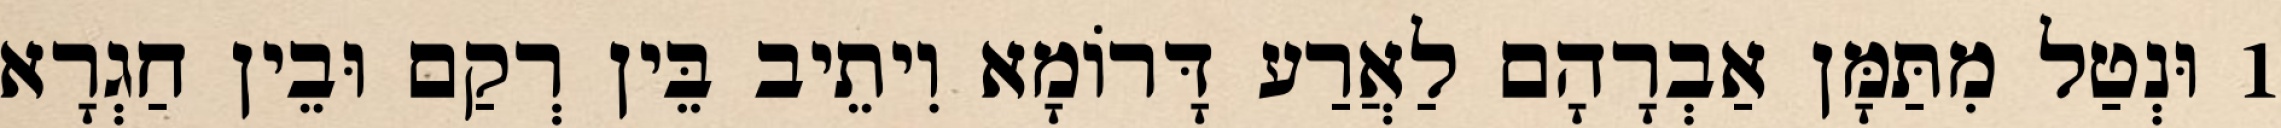
1 וּנְטַל מִתַּמָּן אַבְרָהָם לַאֲרַע דָּרוֹמָא וִיתֵיב בֵּין רְקַם וּבֵין חַגְרָא